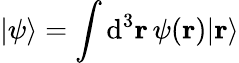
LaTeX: |\psi\rangle=\int\mathrm{d}^{3}\mathbf{r}\, \psi(\mathbf{r})|\mathbf{r}\rangle